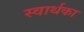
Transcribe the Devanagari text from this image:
स्वार्थका